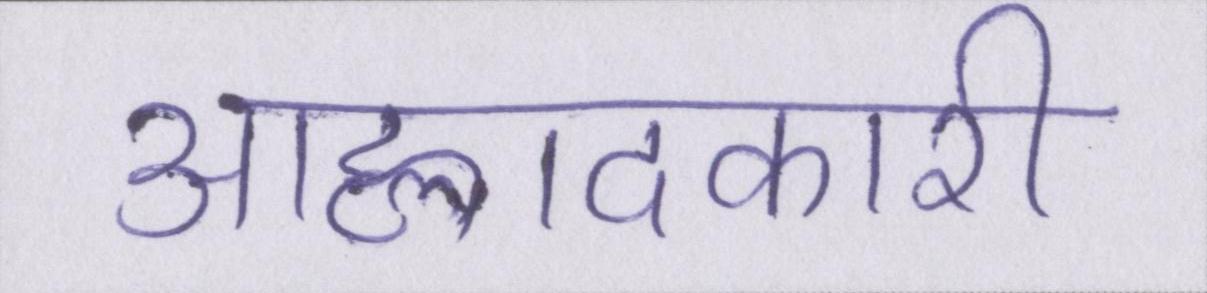
आह्लादकारी